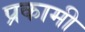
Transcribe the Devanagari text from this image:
प्रकामी